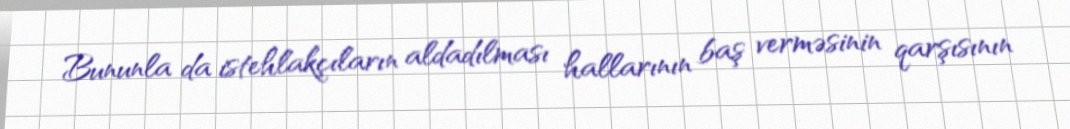
Bununla da istehlakçıların aldadılması hallarının baş verməsinin qarşısının